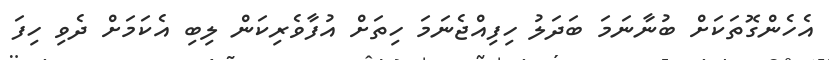
އެެހެންގޮތަކަށް ބުނާނަމަ ބަދަލު ހިފިއްޖެނަމަ ހިތަށް އުފާވެރިކަން ލިބި އެކަމަށް ދެވި ހިފަ